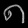
Digit: ၈